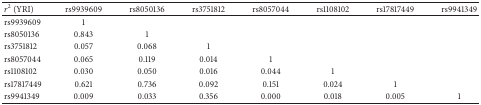
<table><thead><tr><td><b><i>r</i><sup>2</sup> (YRI)</b></td><td><b>rs9939609</b></td><td><b>rs8050136</b></td><td><b>rs3751812</b></td><td><b>rs8057044</b></td><td><b>rs1108102</b></td><td><b>rs17817449</b></td><td><b>rs9941349</b></td></tr></thead><tbody><tr><td>rs9939609</td><td>1</td><td> </td><td> </td><td> </td><td> </td><td> </td><td> </td></tr><tr><td>rs8050136</td><td>0.843</td><td>1</td><td> </td><td> </td><td> </td><td> </td><td> </td></tr><tr><td>rs3751812</td><td>0.057</td><td>0.068</td><td>1</td><td> </td><td> </td><td> </td><td> </td></tr><tr><td>rs8057044</td><td>0.065</td><td>0.119</td><td>0.014</td><td>1</td><td> </td><td> </td><td> </td></tr><tr><td>rs1108102</td><td>0.030</td><td>0.050</td><td>0.016</td><td>0.044</td><td>1</td><td> </td><td> </td></tr><tr><td>rs17817449</td><td>0.621</td><td>0.736</td><td>0.092</td><td>0.151</td><td>0.024</td><td>1</td><td> </td></tr><tr><td>rs9941349</td><td>0.009</td><td>0.033</td><td>0.356</td><td>0.000</td><td>0.018</td><td>0.005</td><td>1</td></tr></tbody></table>